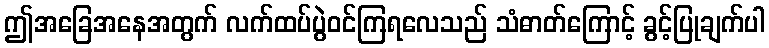
ဤအခြေအနေအတွက် လက်ထပ်ပွဲဝင်ကြရလေသည် သံဓာတ်ကြောင့် ခွင့်ပြုချက်ပါ